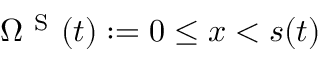
\Omega ^ { \mathrm { ~ S ~ } } ( t ) : = 0 \le x < s ( t )